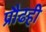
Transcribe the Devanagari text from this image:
प्रौढही